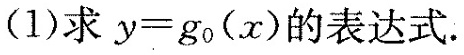
(1)求$$y = g _ { 0 } ( x )$$的表达式.